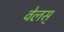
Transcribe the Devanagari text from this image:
वेलस्